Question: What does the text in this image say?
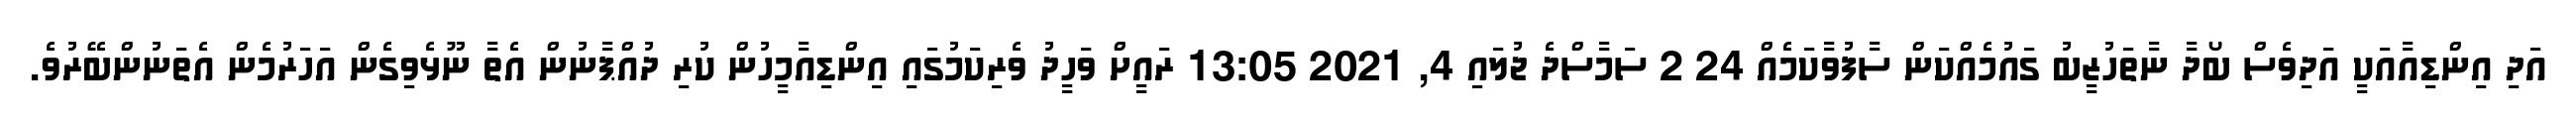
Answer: އަދި އިންޑިއާއަކީ އަދިވެސް ބޯދާ ނާތަހުޒީބު ގައުމެއްކަން ސާފުވާކަމެއް 24 2 ސަމާސްދެ ޖުލައި 4, 2021 13:05 ރައީށް ވަހީދު ވެރިކަމުގައި އިންޑިއާމީހުން ކުރި ދުއްޕާނުން އެތާ ނޫޅެވިގެން އަހަރުމެން އެތަނުންބޭރުވެ.